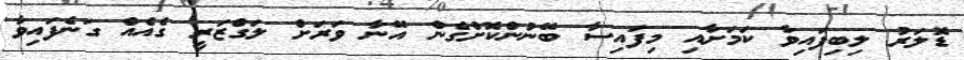
ޑޮލަރު ލިބިފައިވާ ކަމަށާއި މިފައިސާ ބޭނުންކޮށްގެން އޭނާ ވަރަށް ލަގްޒަރީ ގެއެއް ގަނެފައިވާ